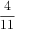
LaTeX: \frac { 4 } { 1 1 }